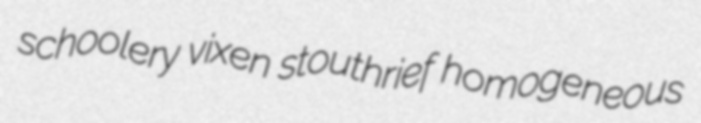
schoolery vixen stouthrief homogeneous